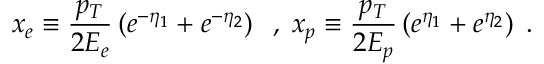
x _ { e } \equiv \frac { p _ { T } } { 2 E _ { e } } \left( e ^ { - \eta _ { 1 } } + e ^ { - \eta _ { 2 } } \right) \; \; , \; x _ { p } \equiv \frac { p _ { T } } { 2 E _ { p } } \left( e ^ { \eta _ { 1 } } + e ^ { \eta _ { 2 } } \right) \; .